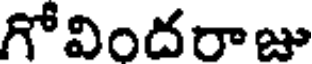
గోవిందరాజు